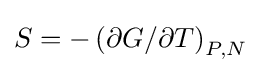
S=-\left(\partial G/\partial T\right)_{P,N}